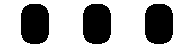
...